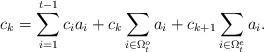
LaTeX: \begin{align*}c_k=\sum_{i=1}^{t-1}c_ia_i+c_{k}\sum_{i\in \Omega_t^o}a_i+c_{k+1}\sum_{i\in \Omega_t^e}a_i.\end{align*}